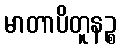
မာတာပိတူနဉ္စ